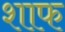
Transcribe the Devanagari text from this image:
शाफ